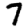
Digit: 7